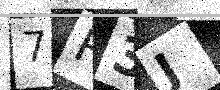
Text: 7R3J